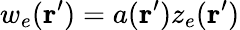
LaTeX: w_{e}(\textbf{r}^{\prime})=a(\textbf{r}^{\prime})z_{e}(\textbf{r}^{\prime})